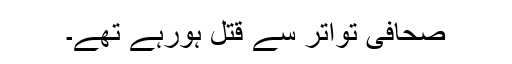
صحافی تواتر سے قتل ہورہے تھے۔